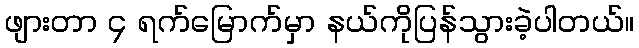
ဖျားတာ ၄ ရက်မြောက်မှာ နယ်ကိုပြန်သွားခဲ့ပါတယ်။